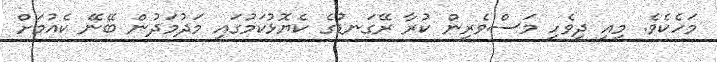
މަހެކެވެ. މިއީ ދިވެހި މަސްވެރިން ކުރާ ރޭގަނޑުގެ ކެޔޮޅުކަމުގައި މަދުމަދުން ބޭނޭ ކެއުމަށް